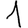
Digit: 1